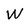
Character: W